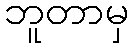
ဘူတာမှ